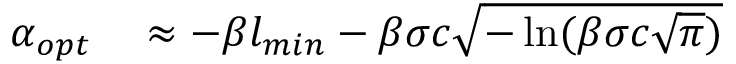
\begin{array} { r l } { \alpha _ { o p t } } & { { } \approx - \beta l _ { m i n } - \beta \sigma c \sqrt { - \ln ( \beta \sigma c \sqrt { \pi } ) } } \end{array}